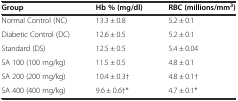
<table><thead><tr><td><b>Group</b></td><td><b>Hb % (mg/dl)</b></td><td><b>RBC (millions/mm<sup>3</sup>)</b></td></tr></thead><tbody><tr><td>Normal Control (NC)</td><td>13.3 ± 0.8</td><td>5.2 ± 0.1</td></tr><tr><td>Diabetic Control (DC)</td><td>12.6 ± 0.5</td><td>5.2 ± 0.1</td></tr><tr><td>Standard (DS)</td><td>12.5 ± 0.5</td><td>5.4 ± 0.04</td></tr><tr><td>SA 100 (100 mg/kg)</td><td>11.5 ± 0.5</td><td>4.8 ± 0.1</td></tr><tr><td>SA 200 (200 mg/kg)</td><td>10.4 ± 0.3†</td><td>4.8 ± 0.1†</td></tr><tr><td>SA 400 (400 mg/kg)</td><td>9.6 ± 0.6†*</td><td>4.7 ± 0.1*</td></tr></tbody></table>